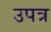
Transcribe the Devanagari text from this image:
उपत्र